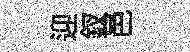
迎釵邑